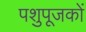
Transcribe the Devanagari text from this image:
पशुपूजकों